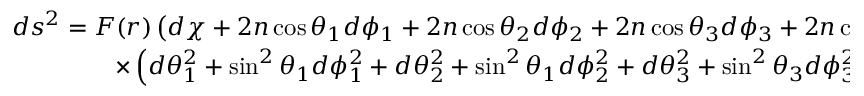
\begin{array} { c } { { d s ^ { 2 } = F ( r ) \left( d \chi + 2 n \cos \theta _ { 1 } d \phi _ { 1 } + 2 n \cos \theta _ { 2 } d \phi _ { 2 } + 2 n \cos \theta _ { 3 } d \phi _ { 3 } + 2 n \cos \theta _ { 4 } d \phi _ { 4 } \right) ^ { 2 } + \frac { d r ^ { 2 } } { F ( r ) } + ( r ^ { 2 } - n ^ { 2 } ) } } \\ { { \times \left( d \theta _ { 1 } ^ { 2 } + \sin ^ { 2 } \theta _ { 1 } d \phi _ { 1 } ^ { 2 } + d \theta _ { 2 } ^ { 2 } + \sin ^ { 2 } \theta _ { 1 } d \phi _ { 2 } ^ { 2 } + d \theta _ { 3 } ^ { 2 } + \sin ^ { 2 } \theta _ { 3 } d \phi _ { 3 } ^ { 2 } + d \theta _ { 4 } ^ { 2 } + \sin ^ { 2 } \theta _ { 4 } d \phi _ { 4 } ^ { 2 } \right) } } \end{array}